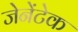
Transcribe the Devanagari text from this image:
जेनेंटेक